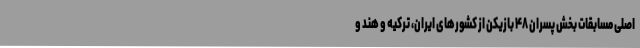
اصلی مسابقات بخش پسران ۴۸ بازیکن از‌ کشورهای ایران، ترکیه و هند و